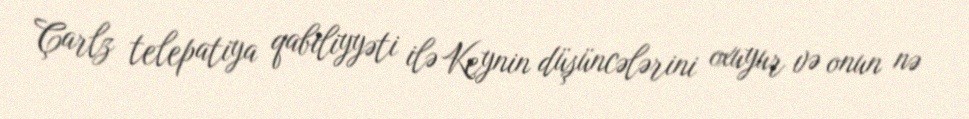
Çarlz telepatiya qabiliyyəti ilə Keynin düşüncələrini oxuyur və onun nə